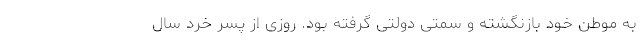
به موطن خود بازنگشته و سمتی دولتی گرفته بود. روزی از پسر خُرد سال